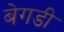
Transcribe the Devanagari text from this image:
बेगडी